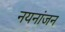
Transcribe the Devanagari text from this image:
नयनांजन